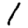
Digit: 1